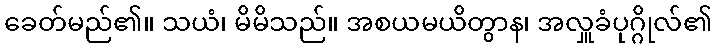
ခေတ်မည်၏။ သယံ၊ မိမိသည်။ အစယမယိတွာန၊ အလှူခံပုဂ္ဂိုလ်၏